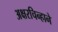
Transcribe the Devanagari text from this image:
अक्षरचिन्हाने